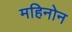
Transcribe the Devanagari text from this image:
महिनोन